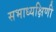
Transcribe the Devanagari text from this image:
सभाध्यक्षिणी